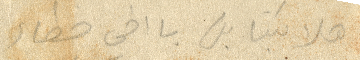
هلا كيف بل يا اخي خطار